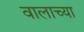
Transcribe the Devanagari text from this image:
वालाच्या